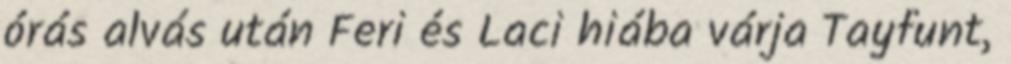
órás alvás után Feri és Laci hiába várja Tayfunt,